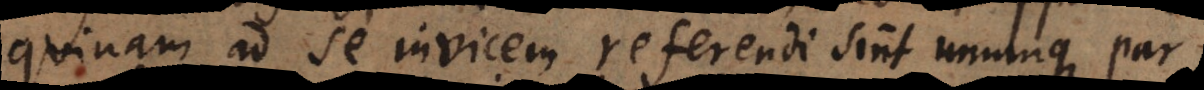
quinam ad se invicem referendi sint unumque par